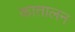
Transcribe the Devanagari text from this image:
कातालन